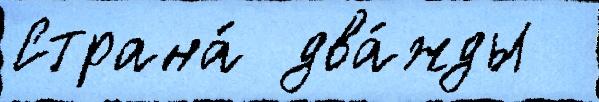
Страна́ два́жды